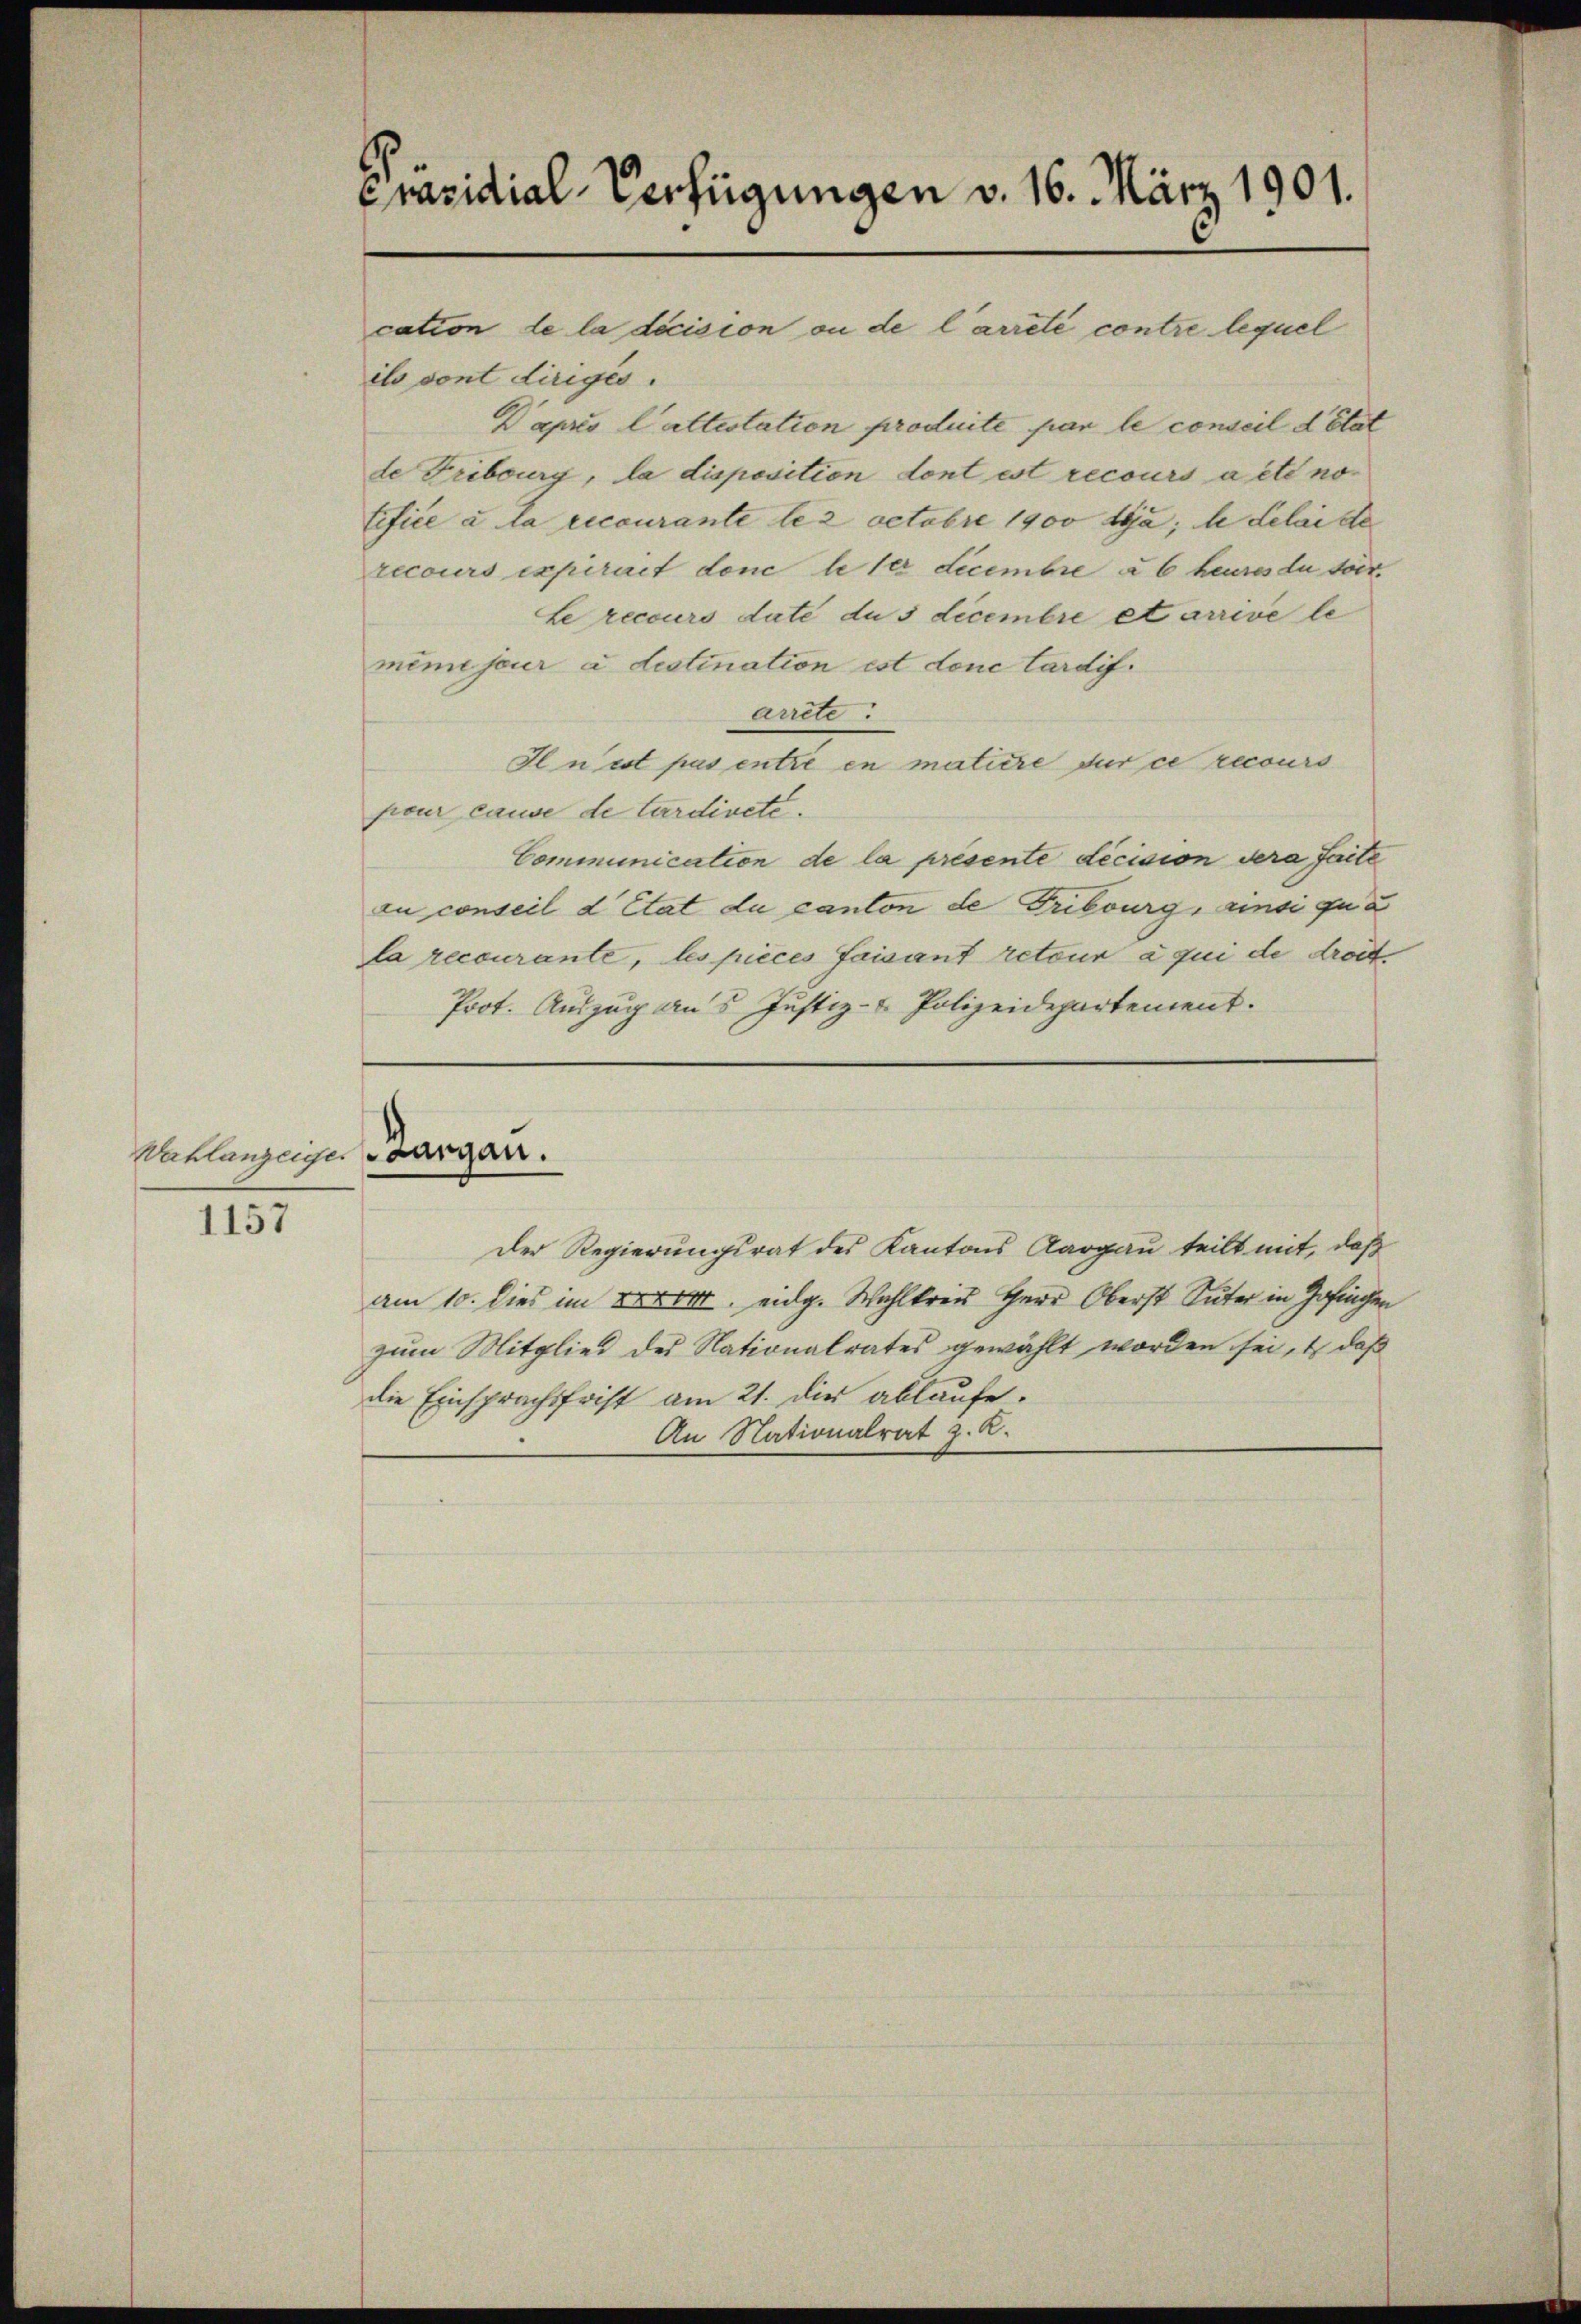
1157

Präsidial-Verfügungen v. 16. März 1901.
cation de la decision ou de l’arrêté contre lequel

Wahlanzeiger argau.

ils sont diriges.
Daprs Cattestation produite par le conseil d’Etat
de Fribourg, la disposition dont est recours a été no
tifice à la recourante le 2 Octobre 1900 dyja; le delaide
recours expirait donc le der Decembre à 6 heures de soit.
Le recours date dus decembre et arrive le
mimiseur à destination est dene tardif.
arrete.
Iln ist pas entre en matière sur ce recours
pour cause de Cardiveté.
Communication de la présente decision dera faite
zu conseil d’Etat du canton de Fribourg, Einsi qua
la recourante, les pièces faisant retour à qui de droit
Prot. Auszug an 5 Justiz- & Polizeidepartement.
Der Regierungsrat des Kantons Aargau teilt mit, daß
am 10. dies im 20000. eidg. Wahlkreis Herr Oberst Suter in Zofingen
zum Mitglied des Nationalrates gewählt worden sei, daß
die Einsprachsfrist am 21. die ablaufe.
An Nationalrat z. R.